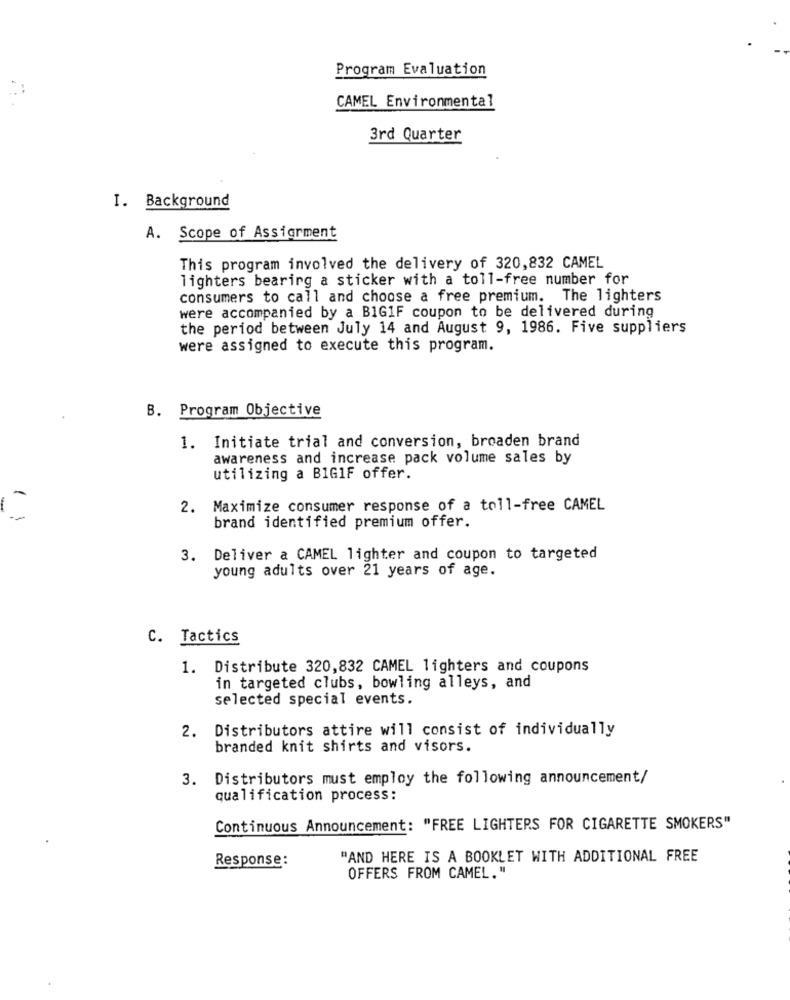
Program Evaluation
CAMEL Environmental
3rd Quarter
I. Background
A. Scope of Assignment
This program involved the delivery of 320,832 CAMEL
lighters bearing a sticker with a toll-free number for
consumers to call and choose a free premium. The lighters
were accompanied by a BIG1F coupon to be delivered during
the period between July 14 and August 9, 1986. Five suppliers
were assigned to execute this program.
B. Program Objective
1. Initiate trial and conversion, broaden brand
awareness and increase pack volume sales by
utilizing a BIG1F offer.
-
-
2. Maximize consumer response of a toll-free CAMEL
--
brand identified premium offer.
3. Deliver a CAMEL lighter and coupon to targeted
young adults over 21 years of age.
C. Tactics
1. Distribute 320,832 CAMEL lighters and coupons
in targeted clubs, bowling alleys, and
selected special events.
2. Distributors attire will consist of individually
branded knit shirts and visors.
3. Distributors must employ the following announcement/
qualification process:
Continuous Announcement: "FREE LIGHTERS FOR CIGARETTE SMOKERS"
Response :
"AND HERE IS A BOOKLET WITH ADDITIONAL FREE
OFFERS FROM CAMEL."